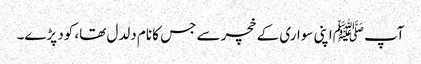
آپ ﷺاپنی سواری کے خچر سے جس کا نام دلدل تھا، کود پڑے۔